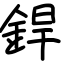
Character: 銲